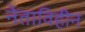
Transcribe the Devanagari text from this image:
नेताविहीन